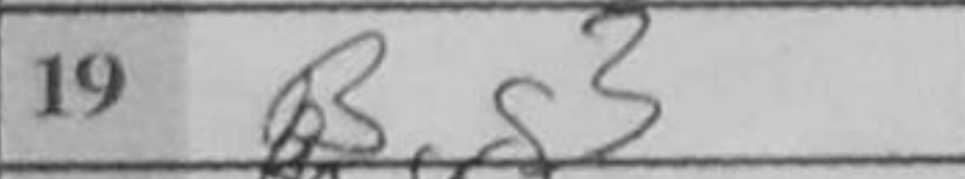
Transcription: Bg3